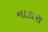
નાકારા